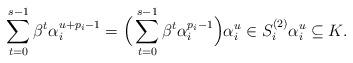
LaTeX: \begin{align*}\sum_{t=0}^{s - 1}\beta^t \alpha_i^{u+p_i-1}= \Big( \sum_{t=0}^{s - 1}\beta^t \alpha_i^{p_i-1} \Big) \alpha_i^u\in S_i^{(2)} \alpha_i^u \subseteq K.\end{align*}